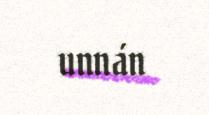
unnán